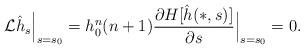
LaTeX: \begin{align*}{\cal L} \hat{h}_s\Big\vert_{s=s_0}=h_0^n(n+1)\frac{\partial H[\hat{h}(\ast, s)]}{\partial s}\Big\vert_{s=s_0}=0.\end{align*}